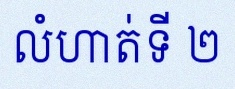
លំហាត់ទី ២